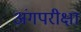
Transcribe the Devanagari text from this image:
अंगपरीक्षा